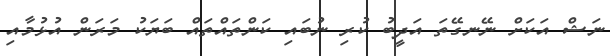
ނަޝް އަކަށް ނޭނގޭތަ އަދީބު ކުރި ނުބައި ކަންތައްތައް ބަޔަކު މަރަން އުޅުމާއި